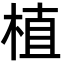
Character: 植